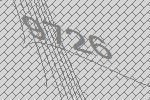
9726